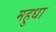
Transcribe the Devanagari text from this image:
महुधा